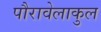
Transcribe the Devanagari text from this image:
पौरावेलाकुल